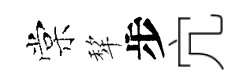
棠犂步宂